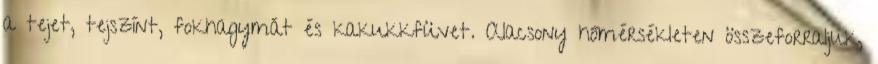
a tejet, tejszínt, fokhagymát és kakukkfüvet. Alacsony hőmérsékleten összeforraljuk,